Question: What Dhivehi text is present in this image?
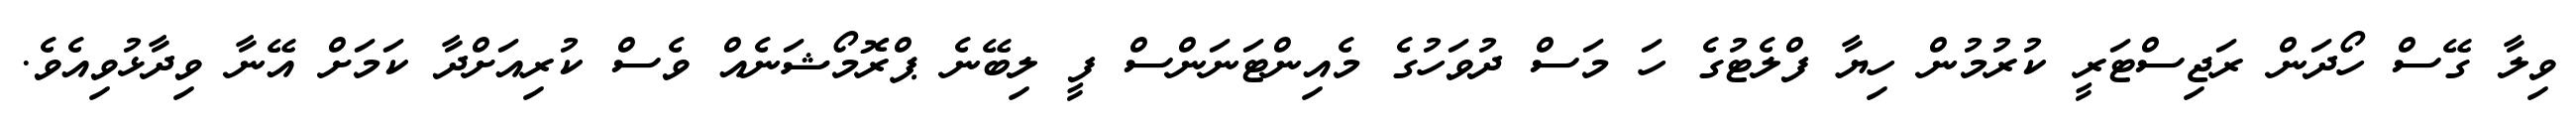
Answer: ވިލާ ގޭސް ހޯދަން ރަޖިސްޓަރީ ކުރުމުން ހިޔާ ފްލެޓުގެ ހަ މަސް ދުވަހުގެ މެއިންޓަނަންސް ފީ ލިބޭނެ ޕްރޮމޯޝަނެއް ވެސް ކުރިއަށްދާ ކަމަށް އޭނާ ވިދާޅުވިއެވެ.